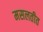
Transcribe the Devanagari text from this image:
मसलतीत